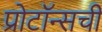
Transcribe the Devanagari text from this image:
प्रोटॉन्सची